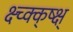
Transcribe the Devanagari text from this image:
क्ष्च्क्क्ष्क्ष्